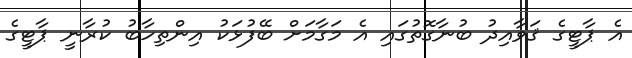
އެ ޕާޓީގެ ޤަވާއިދު ބުނާގޮތުގައި އެ މަގާމަށް ބޭފުޅަކު އިންތިހާބު ކުރާނީ ޕާޓީގެ